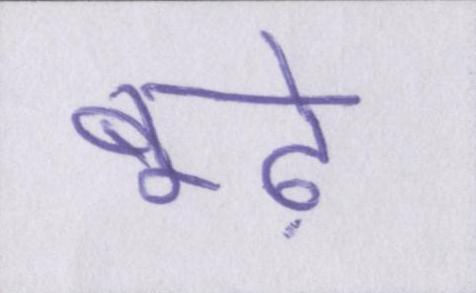
बूढ़े